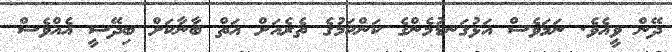
ދޭން ވީއެވެ. ނަމަވެސް އަޅުގަނޑުމެންގެ ކަންކަމުގެ ތެރެއަށް އަތް ބާނާކަށް ބިދޭސީ އެއްވެސް